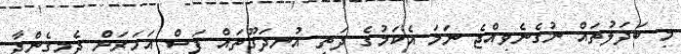
މި ބަދަލުތައް ނުގެނެވިއްޖެ ނަމަ އެކަމުގެ ދަތި އުނދަގޫތައް ފަސް އަހަރަށް ދެމިގެންދާ